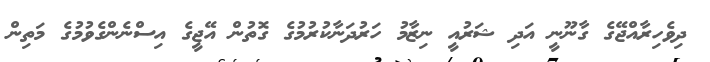
ދިވެހިރާއްޖޭގެ ގާނޫނީ އަދި ޝަރުއީ ނިޒާމު ހަރުދަނާކުރުމުގެ ގޮތުން އޭޖީގެ އިސްނެންގެވުމުގެ މަތިން